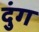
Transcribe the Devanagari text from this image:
दुंग